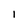
Character: I